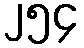
၂၅၄